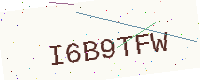
Text: I6B9TFW